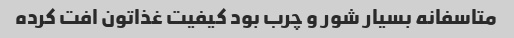
متاسفانه بسیار شور و چرب بود کیفیت غذاتون افت کرده